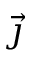
\vec { \jmath }